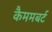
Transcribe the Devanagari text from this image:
कैममबर्ट